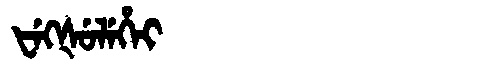
Manchu: ᡶᡝᡴᡧᡠᠯᡝᡥᡝᡳ
Romanization: FEKŠULEHEI